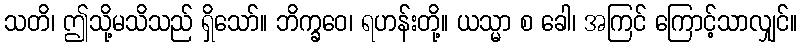
သတိ၊ ဤသို့မသိသည် ရှိသော်။ ဘိက္ခဝေ၊ ရဟန်းတို့။ ယသ္မာ စ ခေါ၊ အကြင် ကြောင့်သာလျှင်။